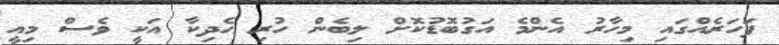
ފަހަރެއްގައި މިހާރު އެންމެ އަގުބޮޑުކޮށް ލިބެން ހުރި ހެދިކާ އަކީ ވެސް މިއީ